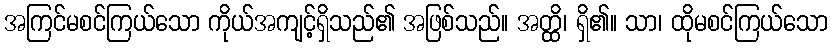
အကြင်မစင်ကြယ်သော ကိုယ်အကျင့်ရှိသည်၏ အဖြစ်သည်။ အတ္ထိ၊ ရှိ၏။ သာ၊ ထိုမစင်ကြယ်သော